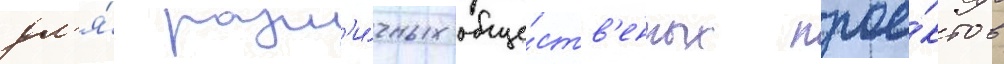
дл'я́ разл'и́чных обще́ств'енных прое́ктов